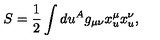
S = \frac { 1 } { 2 } \int d u ^ { A } g _ { \mu \nu } x _ { u } ^ { \mu } x _ { u } ^ { \nu } , \quad